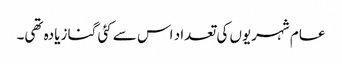
عام شہریوں کی تعداد اس سے کئی گنا زیادہ تھی۔